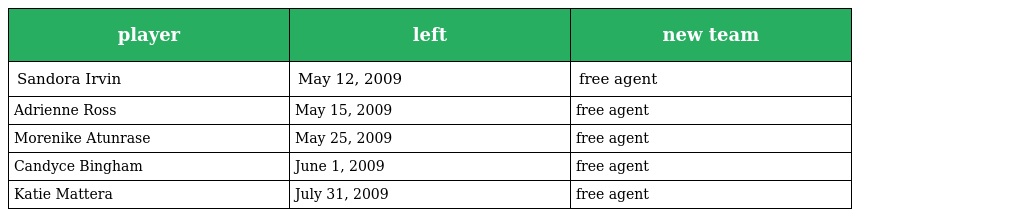
| player | left | new team |
 | --- | --- | --- |
 | Sandora Irvin | May 12, 2009 | free agent |
 | Adrienne Ross | May 15, 2009 | free agent |
 | Morenike Atunrase | May 25, 2009 | free agent |
 | Candyce Bingham | June 1, 2009 | free agent |
 | Katie Mattera | July 31, 2009 | free agent |